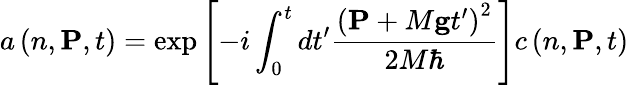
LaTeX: a\left(n,\mathbf{P},t\right)=\exp\left[-i\int_{0}^{t}dt^{\prime}\frac{\left(\mathbf{P}+M\mathbf{g}t^{\prime}\right)^{2}}{2M\hbar}\right]c\left(n,\mathbf{P},t\right)